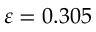
\varepsilon = 0 . 3 0 5